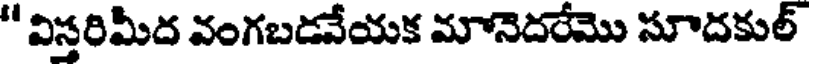
" విస్తరిమీద వంగబడనేయక మానెదరేమొ సూదకుల్